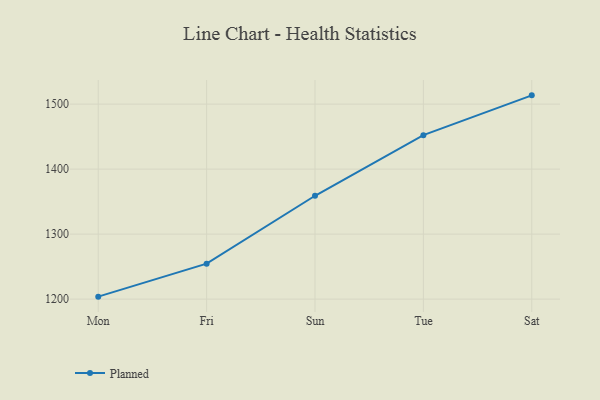
{"axis": {"x": "Day", "y": "Population (Million)"}, "legend": ["Planned"], "data": [{"x": "Mon", "y": 1203.8, "type": "Planned"}, {"x": "Fri", "y": 1254.6, "type": "Planned"}, {"x": "Sun", "y": 1359.0, "type": "Planned"}, {"x": "Tue", "y": 1452.3, "type": "Planned"}, {"x": "Sat", "y": 1513.5, "type": "Planned"}]}